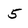
Character: 5